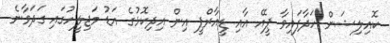
ކޮއިލިޝަން ހަދާފައިވާ ޕީއޭ އާއި ޑީއާރްޕީ އިން އިދިކޮޅުގެ އަޑު މަޖިލީހުގައި ގަދަވާނެ